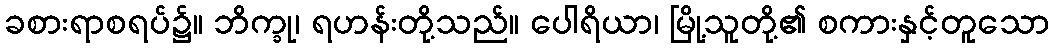
ခစားရာစရပ်၌။ ဘိက္ခု၊ ရဟန်းတို့သည်။ ပေါရိယာ၊ မြို့သူတို့၏ စကားနှင့်တူသော